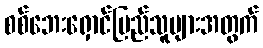
စစ်ဘေးရှောင်ပြည်သူများအတွက်